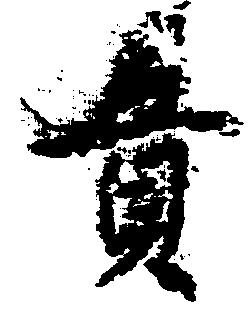
貢